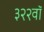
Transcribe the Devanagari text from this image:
३२२वॉ